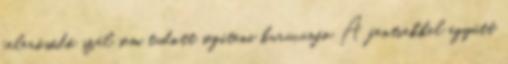
felerősődő szél sem tudott segíteni kuruc.info A fentiekkel együtt